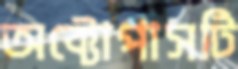
অক্টোপাসটি